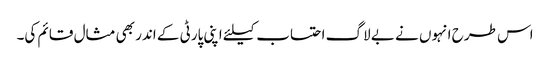
اس طرح انہوں نے بے لاگ احتساب کیلئے اپنی پارٹی کے اندر بھی مثال قائم کی۔